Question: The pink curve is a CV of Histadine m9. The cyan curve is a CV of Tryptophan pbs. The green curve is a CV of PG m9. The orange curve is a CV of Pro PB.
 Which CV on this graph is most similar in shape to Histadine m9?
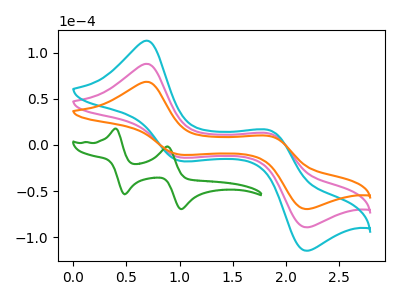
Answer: <think>The pink curve "Histadine m9" has anodic peaks at (0.70V, 88.00uA) (1.85V, 12.45uA) and cathodic peaks at (1.00V, -13.45uA) (2.20V, -89.25uA). The cyan curve "Tryptophan pbs" has anodic peaks at (0.70V, 176.05uA) (1.85V, 24.85uA) and cathodic peaks at (1.00V, -26.95uA) (2.20V, -178.50uA). The green curve "PG m9" has anodic peaks at (0.40V, 17.80uA) (0.90V, -1.55uA) and cathodic peaks at (0.50V, -53.35uA) (1.00V, -69.50uA). The orange curve "Pro PB" has anodic peaks at (0.70V, 68.50uA) (1.85V, 9.65uA) and cathodic peaks at (1.00V, -10.50uA) (2.20V, -69.50uA).
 All the peaks in "Histadine m9" have a peak in "Tryptophan pbs" at the same potential. Every peak in "Histadine m9" is lower than every peak in "Tryptophan pbs". "Histadine m9" and "PG m9" have at least one peak that do not match. All the peaks in "Histadine m9" have a peak in "Pro PB" at the same potential. Every peak in "Histadine m9" is higher than every peak in "Pro PB". "Tryptophan pbs" and "PG m9" have at least one peak that do not match. All the peaks in "Tryptophan pbs" have a peak in "Pro PB" at the same potential. Every peak in "Tryptophan pbs" is higher than every peak in "Pro PB". "PG m9" and "Pro PB" have at least one peak that do not match.</think>
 <answer>"Histadine m9" and "Tryptophan pbs" have a similar shape to "Pro PB".</answer>
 <eval>"Histadine m9" "Tryptophan pbs"</eval>